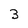
Character: 3